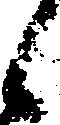
候